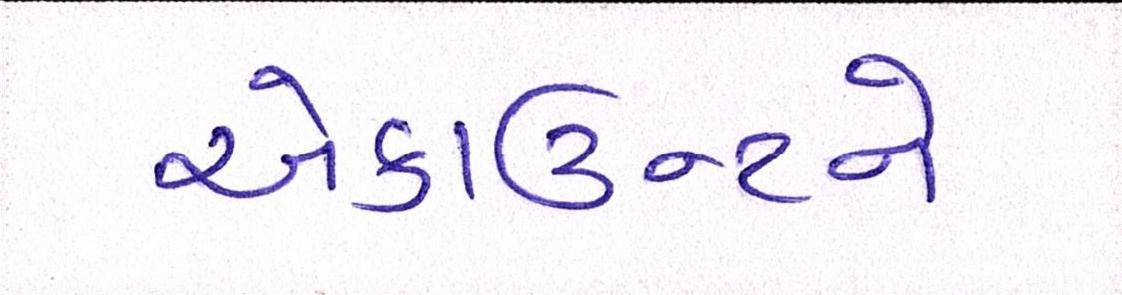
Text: એકાઉન્ટને